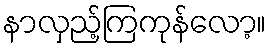
နာလှည့်ကြကုန်လော့။